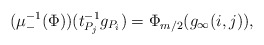
\begin{align*}(\mu_{-}^{-1}(\Phi))(t_{P_j}^{-1}g_{P_i})=\Phi_{m/2}(g_{\infty}(i,j)),\end{align*}